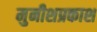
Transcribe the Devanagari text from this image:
मुनीशप्रकाश